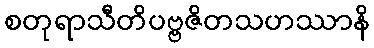
စတုရာသီတိပဗ္ဗဇိတသဟဿာနိ